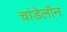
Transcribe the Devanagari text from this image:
चांडेलॉन